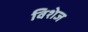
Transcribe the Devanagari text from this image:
विशेज